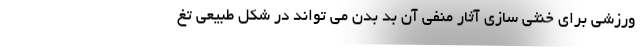
ورزشی برای خنثی سازی آثار منفی آن بد بدن می تواند در شکل طبیعی تغ